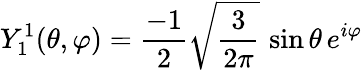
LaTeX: Y_{1}^{1}(\theta,\varphi)={\frac{-1}{2}}{\sqrt{\frac{3}{2\pi}}}\, \sin\theta\, e^{i\varphi}